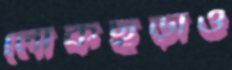
লোকছড়াও